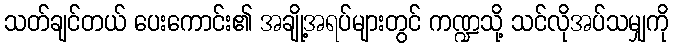
သတ်ချင်တယ် ပေးကောင်း၏ အချို့အရပ်များတွင် ကဏ္ဍသို့ သင်လိုအပ်သမျှကို